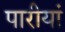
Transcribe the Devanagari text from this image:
पारीयां